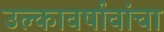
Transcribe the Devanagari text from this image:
उल्कावर्षावांचा